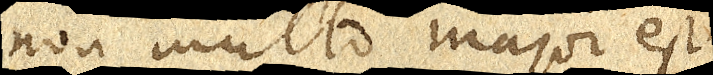
non multo major est